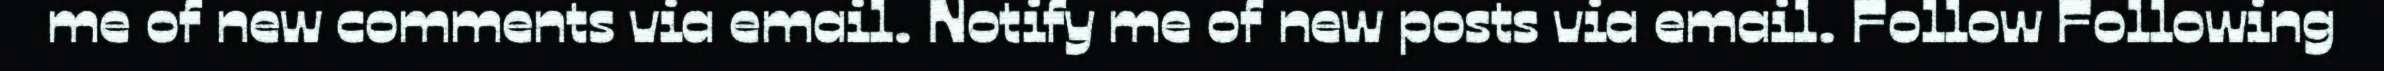
me of new comments via email. Notify me of new posts via email. Follow Following